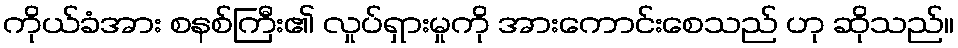
ကိုယ်ခံအား စနစ်ကြီး၏ လှုပ်ရှားမှုကို အားကောင်းစေသည် ဟု ဆိုသည်။